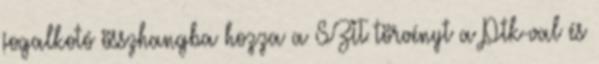
jogalkotó összhangba hozza a SZIT törvényt a Ptk-val és